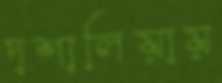
দশালিয়ায়